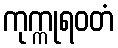
ကုက္ကုရဝတံ